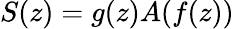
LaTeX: S(z)=g(z)A(f(z))